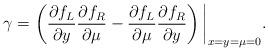
LaTeX: \begin{align*}\gamma = \left( \frac{\partial f_L}{\partial y} \frac{\partial f_R}{\partial \mu}- \frac{\partial f_L}{\partial \mu} \frac{\partial f_R}{\partial y} \right)\bigg|_{x = y = \mu = 0}.\end{align*}